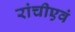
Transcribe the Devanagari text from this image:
रांचीएवं